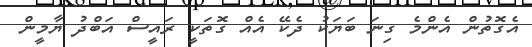
އެގޮތުން އެންމެ ގިނަ ބަޔަކު ދެކޭ އެއް ގޮތަކީ ރައީސް އަބްދު ޔާމީން